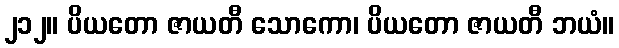
၂၁၂။ ပိယတော ဇာယတီ သောကော၊ ပိယတော ဇာယတီ ဘယံ။